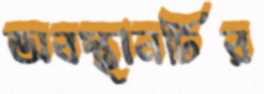
অবস্থানটির